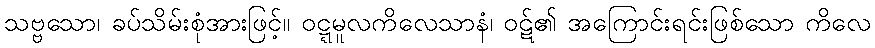
သဗ္ဗသော၊ ခပ်သိမ်းစုံအားဖြင့်။ ဝဋ္ဋမူလကိလေသာနံ၊ ဝဋ်၏ အကြောင်းရင်းဖြစ်သော ကိလေ